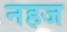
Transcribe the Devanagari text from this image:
नहज